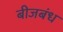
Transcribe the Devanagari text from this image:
बीजबंध